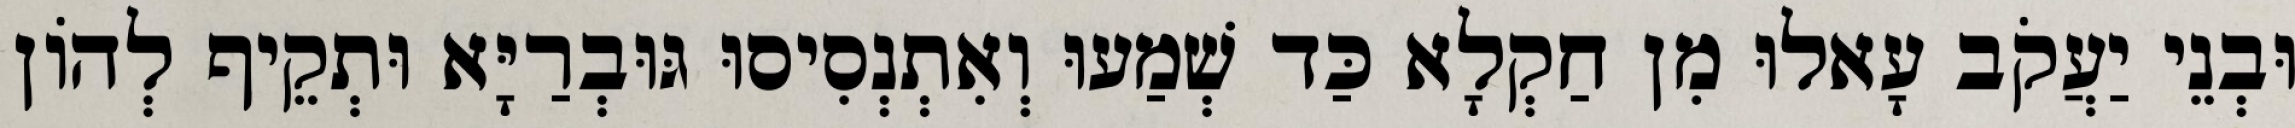
וּבְנֵי יַעֲקֹב עָאלוּ מִן חַקְלָא כַּד שְׁמַעוּ וְאִתְנְסִיסוּ גּוּבְרַיָּא וּתְקֵיף לְהוֹן